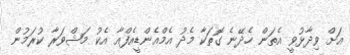
އަށް ވިދާޅުވީ އެތަން ހެދޭނެ ގޮތަކާ މެދު އެމްއެންޑީއެފްއާ އެކު މަޝްވަރާ ކުރަމުން